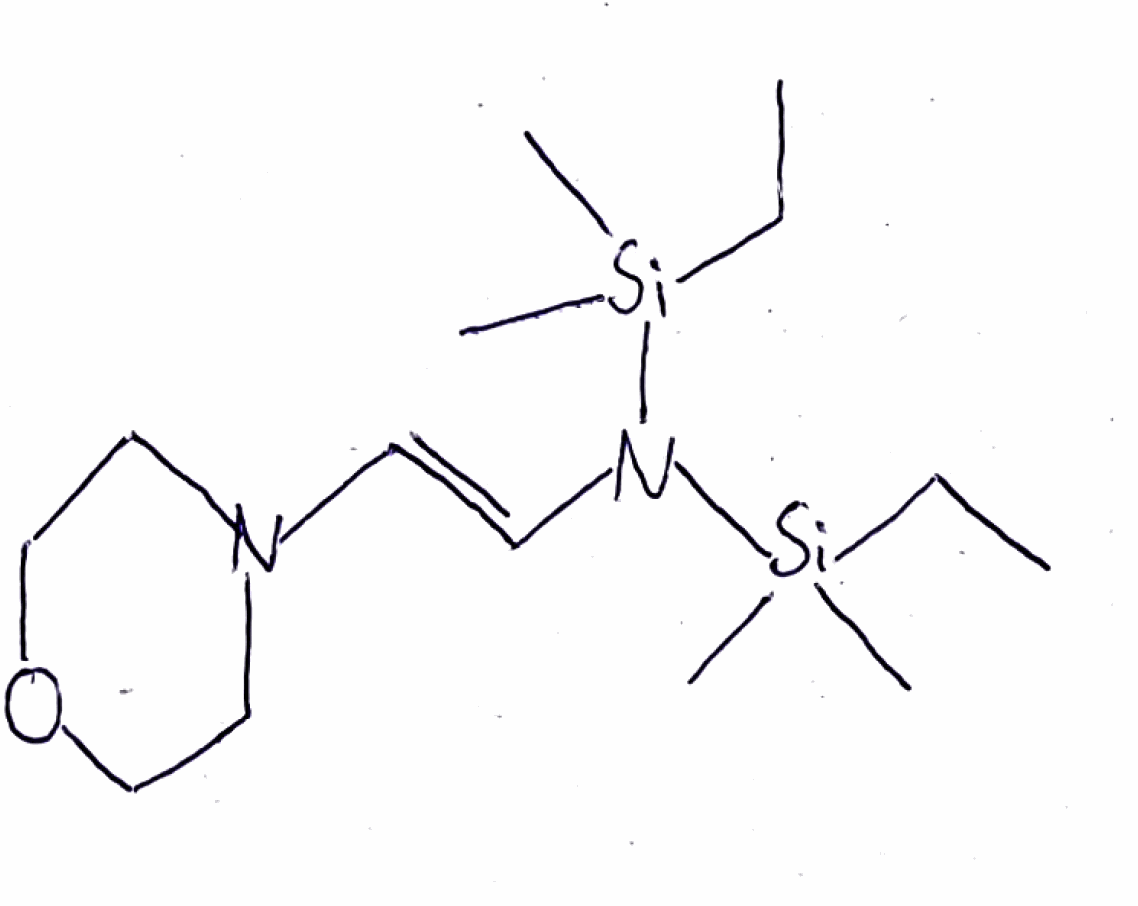
Simplified molecular-input line-entry system (SMILES) notation of the given molecule:
CC[Si](C)(C)N(/C=C/N1CCOCC1)[Si](C)(C)CC